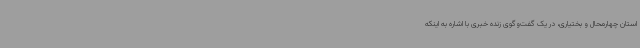
استان چهارمحال و بختیاری، در یک گفت‌وگوی زنده خبری با اشاره به اینکه